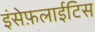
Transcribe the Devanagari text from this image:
इंसेफ़लाईटिस